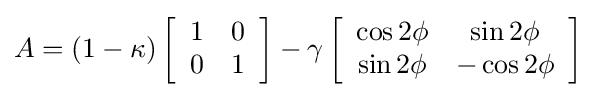
A=(1-\kappa )\left[{\begin{array}{c c }1&0\\0&1\end{array}}\right]-\gamma \left[{\begin{array}{c c }\cos 2\phi &\sin 2\phi \\\sin 2\phi &-\cos 2\phi \end{array}}\right]